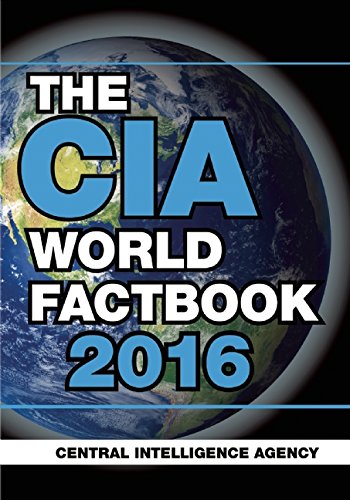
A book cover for The CIA World Factbook 2016; Central Intelligence Agency; Reference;